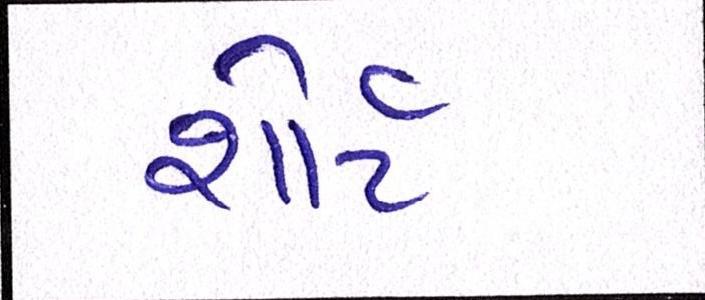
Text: શોર્ટ